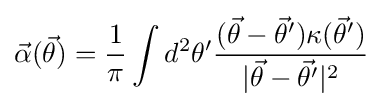
{\vec {\alpha }}({\vec {\theta }})={\frac {1}{\pi }}\int d^{2}\theta ^{\prime }{\frac {({\vec {\theta }}-{\vec {\theta }}^{\prime })\kappa ({\vec {\theta }}^{\prime })}{|{\vec {\theta }}-{\vec {\theta }}^{\prime }|^{2}}}